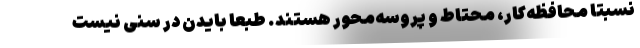
نسبتاً محافظه‌کار، محتاط و پروسه‌محور هستند. طبعاً بایدن در سِنی نیست